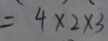
= 4 \times 2 \times 3